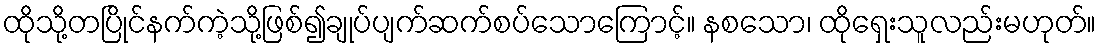
ထိုသို့တပြိုင်နက်ကဲ့သို့ဖြစ်၍ချုပ်ပျက်ဆက်စပ်သောကြောင့်။ နစသော၊ ထိုရှေးသူလည်းမဟုတ်။